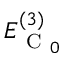
E _ { \mathrm { ~ C ~ } _ { 0 } } ^ { ( 3 ) }